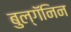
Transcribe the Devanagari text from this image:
बुल्गॅनिन